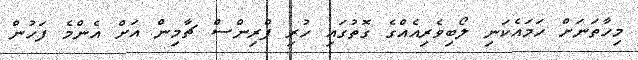
މިހާތަނަށް ހަމައެކަނި ލޯބިވެރިއެއްގެ ގޮތުގައި ހުރި ޕްރިންސް ޗާމިން އަށް އެންމެ ފަހުން